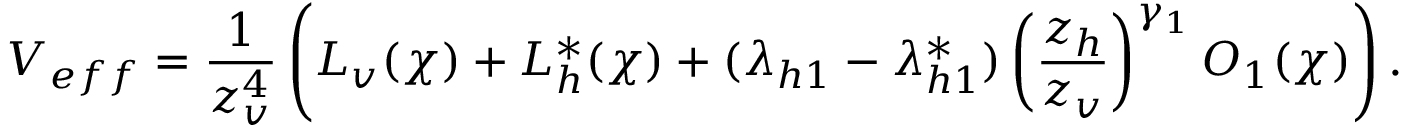
V _ { e f f } = \frac { 1 } { z _ { v } ^ { 4 } } \left( L _ { v } ( \chi ) + L _ { h } ^ { * } ( \chi ) + ( \lambda _ { h 1 } - \lambda _ { h 1 } ^ { * } ) \left( \frac { z _ { h } } { z _ { v } } \right) ^ { \gamma _ { 1 } } { \cal O } _ { 1 } ( \chi ) \right) .